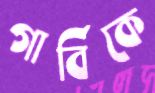
গার্বিকে